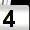
Digit: 4